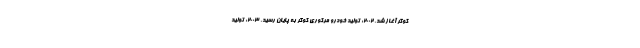
کوگر آغاز شد. 2002: تولید خودرو مرکوری کوگر به پایان رسید. 2003: تولید